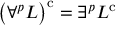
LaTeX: \left( \forall ^ { p } L \right) ^ { \mathrm { { c } } } = \exists ^ { p } L ^ { \mathrm { { c } } }